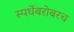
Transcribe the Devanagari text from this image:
स्पर्धेबरोबरच